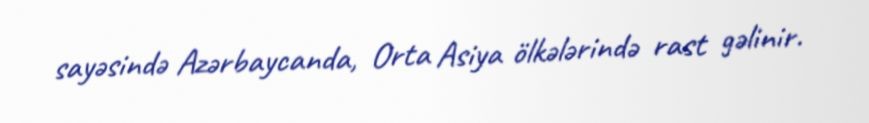
sayəsində Azərbaycanda, Orta Asiya ölkələrində rast gəlinir.